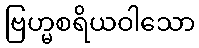
ဗြဟ္မစရိယဝါသော